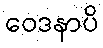
ဝေဒနာပိ